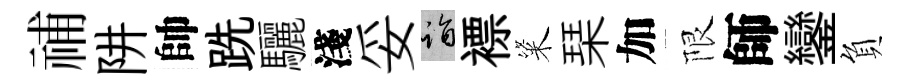
𥙷阱帥跣驪淺妥诣褾粢琹加限師鑾負